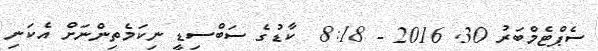
ސެޕްޓެމްބަރު 30